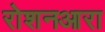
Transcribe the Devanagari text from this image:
रोशनआरा